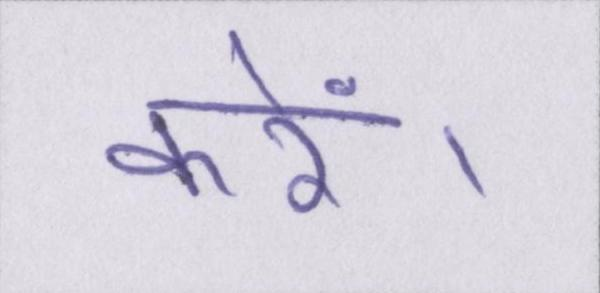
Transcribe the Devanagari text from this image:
करें।